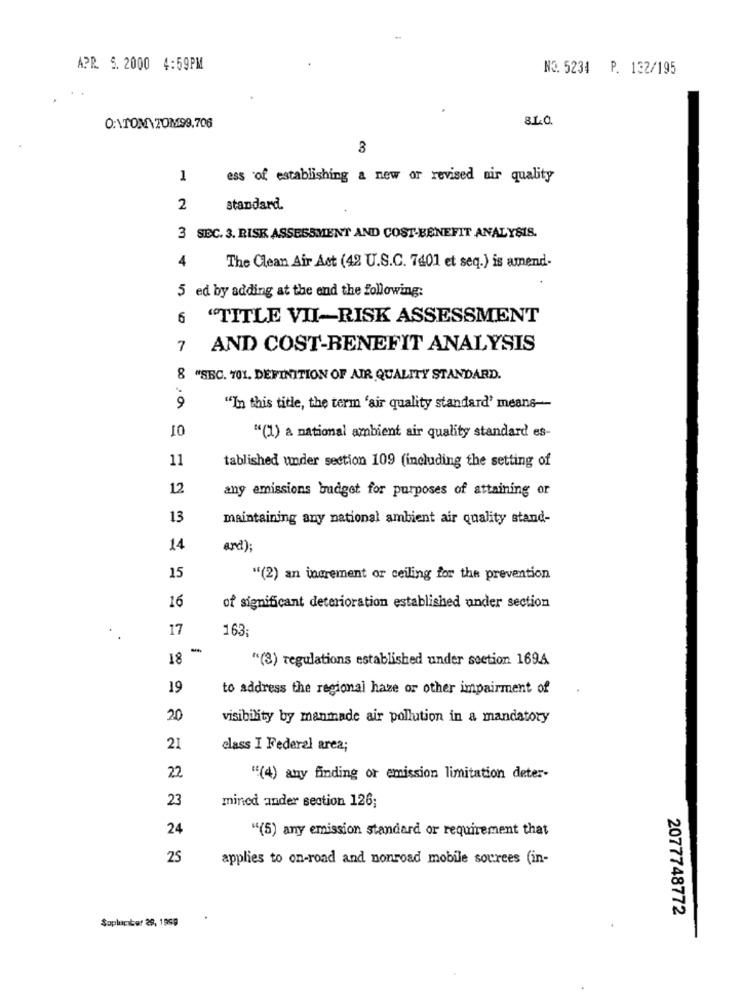
APR. 5. 2000 4:59PM
NO. 5234 P. 132/195
0:\TOM\7OM99.706
3
1
ess of establishing a new or revised air quality
2
standard.
3 SEC. 3. RISK ASSESSMENT AND COST-BENEFIT ANALYSIS.
4
The Clean Air Act (42 U.S.C. 7401 et seq.) is amend-
5 ed by adding at the end the following:
6 "TITLE VII-RISK ASSESSMENT
AND COST-BENEFIT ANALYSIS
8 "SEC. 701. DEFINITION OF AIR QUALITY STANDARD.
9
"In this title, the term 'air quality standard' means --
10
"(1) a national ambient air quality standard es-
11
tablished under section 109 (including the setting of
12
any emissions budget for purposes of attaining or
13
maintaining any national ambient air quality stand-
14
ard);
15
"(2) an increment or ceiling for the prevention
16
of significant deterioration established under section
17
163
-
18
"(3) regulations established under section 1694
19
to address the regional haze or other impairment of
20
visibility by manmade air pollution in a mandatory
21
class I Federal area;
22
"(4) any finding or emission limitation deter-
23
mined ander section 126;
24
"(5) any emission standard or requirement that
25
applies to on-road and nonroad mobile socrees (in-
2077748772
Sopluciber 29, 1999